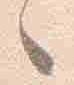
々